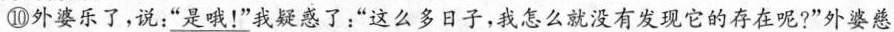
⑩外婆乐了，说：\underline{“是哦！”} 我疑惑了：“这么多日子，我怎么就没有发现它的存在呢?”外婆慈